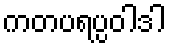
ကတပရပ္ပဝါဒါ